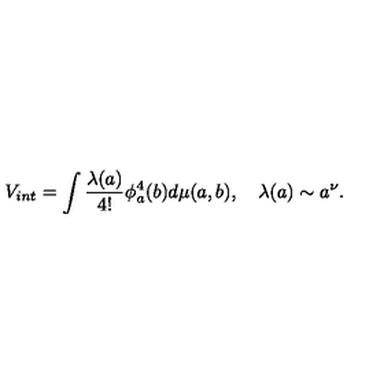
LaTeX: V _ { i n t } = \int \frac { \lambda ( a ) } { 4 ! } \phi _ { a } ^ { 4 } ( b ) d \mu ( a , b ) , \quad \lambda ( a ) \sim a ^ { \nu } .